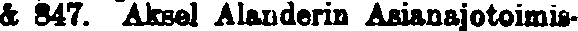
& 347. Aksel Alanderin Asianajotoimis-